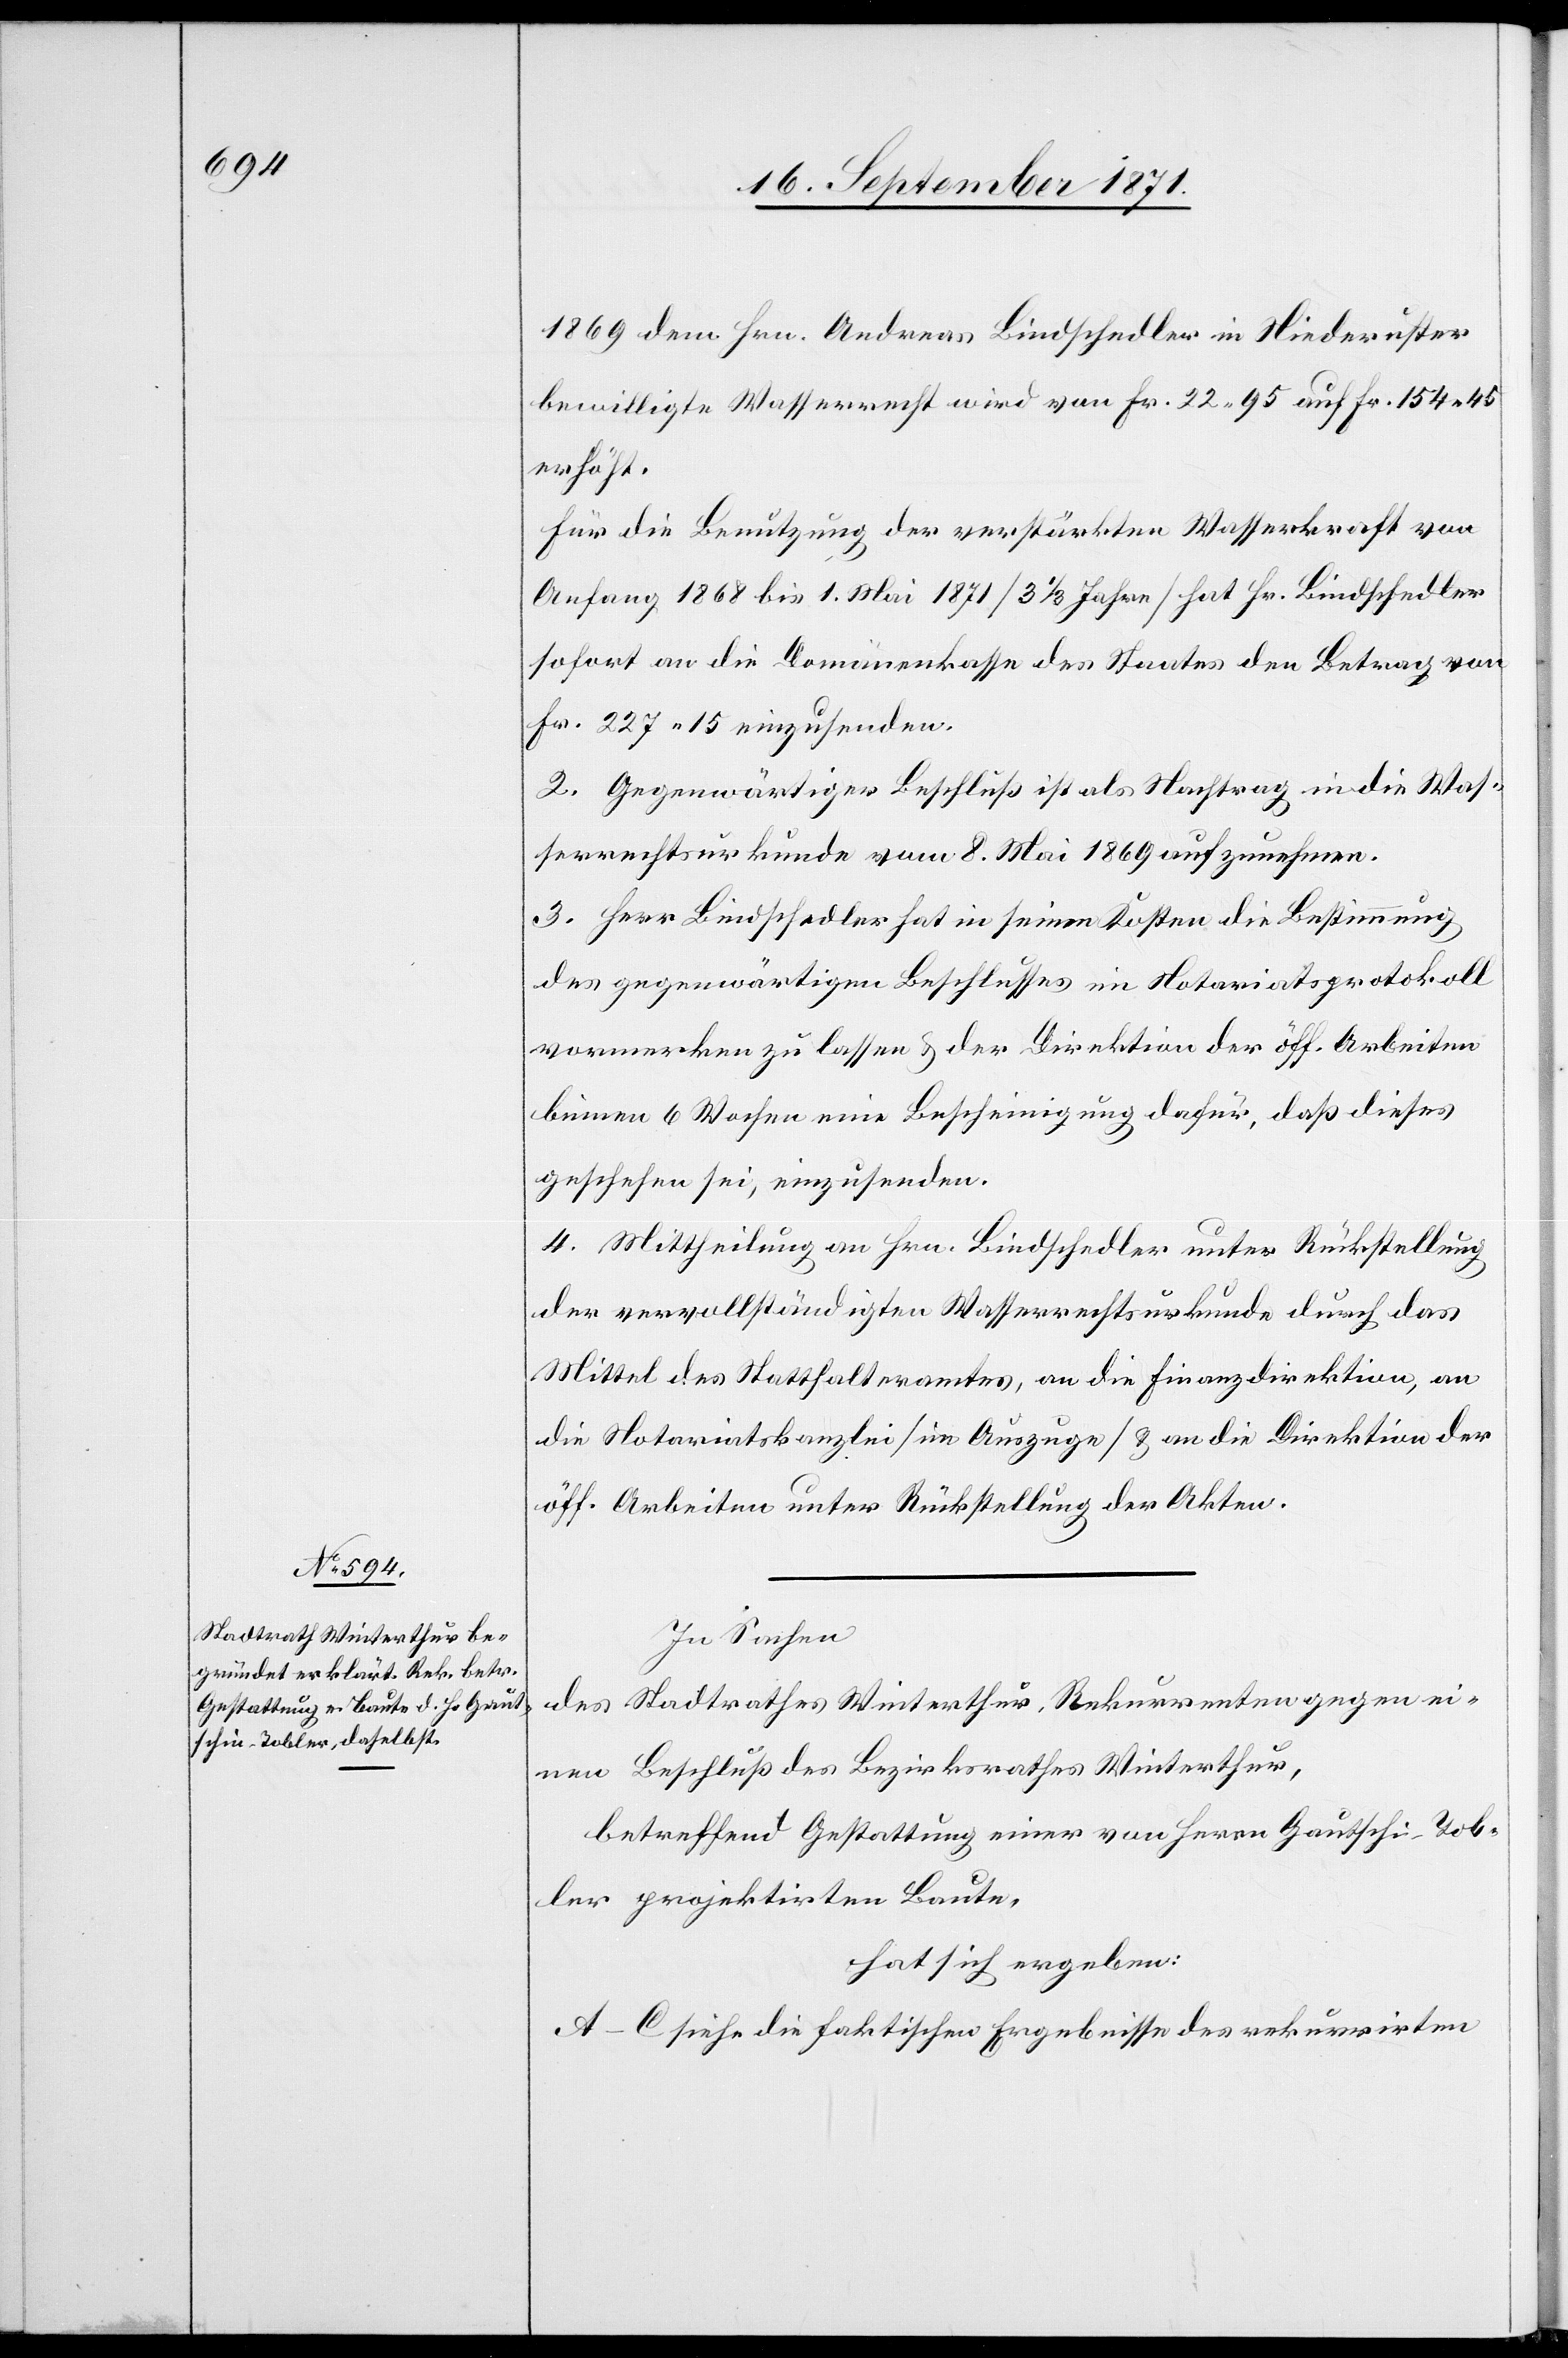
1869 dem Hrn. Andreas Bindschedler in Niederuster
bewilligte Wasserrecht wird von Fr. 22,45 auf Fr. 154,46
erhöht.
Für die Benutzung der verstärkten Wasserkraft von
Anfang 1868 bis 1. Mai 1871 [3 1/3 Jahre] hat Hr. Bindschedler
sofort an die Domänenkasse des Staates den Betrag von
Fr. 227,15 einzusenden.
2. Gegenwärtiger Beschluß ist als Nachtrag in die Was¬
serrechtsurkunde vom 8. Mai 1869 aufzunehmen.
3. Herr Bindschedler hat in seinen Kosten die Bestimmung
des gegenwärtigen Beschlusses im Notariatsprotokoll
vormerken zu lassen & der Direktion der öff. Arbeiten
binnen 6 Wochen eine Bescheinigung dafür, daß dieses
geschehen sei, einzusenden.
4. Mittheilung an Hrn. Bindschedler unter Rückstellung
der vervollständigten Wasserrechtsurkunde durch das
Mittel des Statthalteramtes, an die Finanzdirektion, an
die Notariatskanzlei [im Auszuge] & an die Direktion der
öff. Arbeiten unter Rückstellung der Akten.
In Sachen
des Stadtrathes Winterthur, Rekurrenten gegen ei¬
nen Beschluß des Bezirksrathes Winterthur,
betreffend Gestattung einer von Herrn Gautschi-Tob¬
ler projektirten Baute,
hat sich ergeben:
A–C siehe die faktischen Ergebnisse des rekurrirten